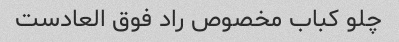
چلو کباب مخصوص راد فوق العادست